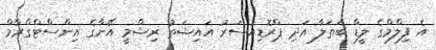
އެ ފިލްމްގެ ލީޑް ބަތަލާ އަދި ޕްރޮޑިއުސަރު އައިޝަތު ރިޝްމީ އޭނާގެ އިންސްޓްގްރާމް